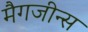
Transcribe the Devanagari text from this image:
मैगजीन्स